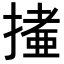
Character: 𢳩